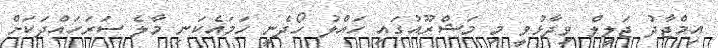
އިމްޖާދު ޖަލީލް ވިދާޅުވީ މި މަޝްރޫއުގައި ހައްލު ހޯދެނީ ހަމައެކަނި މާލެ ސަރަހައްދަކަށް